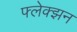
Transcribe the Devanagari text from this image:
फ्लेक्झन